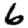
Digit: 6